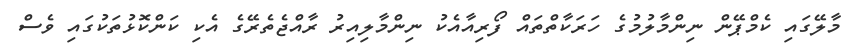
މާލޭގައި ކެމްޕޭން ނިންމާލުމުގެ ހަރަކާތްތައް ފޯރިއާއެކު ނިންމާލިއިރު ރާއްޖެތެރޭގެ އެކި ކަންކޮޅުތަކުގައި ވެސް